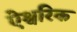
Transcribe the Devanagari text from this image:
ऐश्वरिक